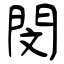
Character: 閔